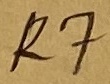
Text: R7